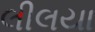
લીલયા